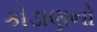
કોડાણનો